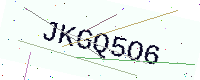
Text: JKGQ5O6